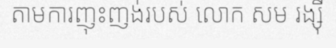
តាមការញុះញង់របស់ លោក សម រង្ស៊ី